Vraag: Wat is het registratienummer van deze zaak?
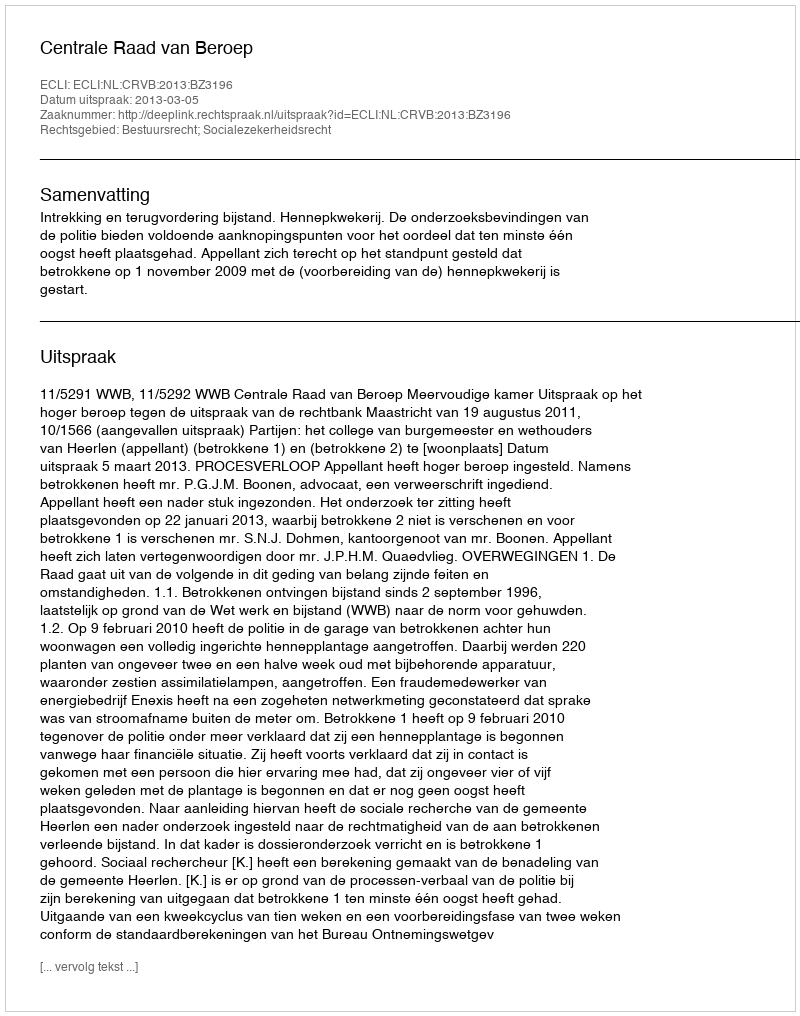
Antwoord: http://deeplink.rechtspraak.nl/uitspraak?id=ECLI:NL:CRVB:2013:BZ3196